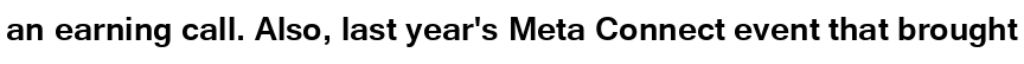
an earning call. Also, last year's Meta Connect event that brought